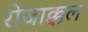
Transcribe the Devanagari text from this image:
रोजाक्कल